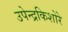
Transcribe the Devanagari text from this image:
उपेन्द्रकिशोरे